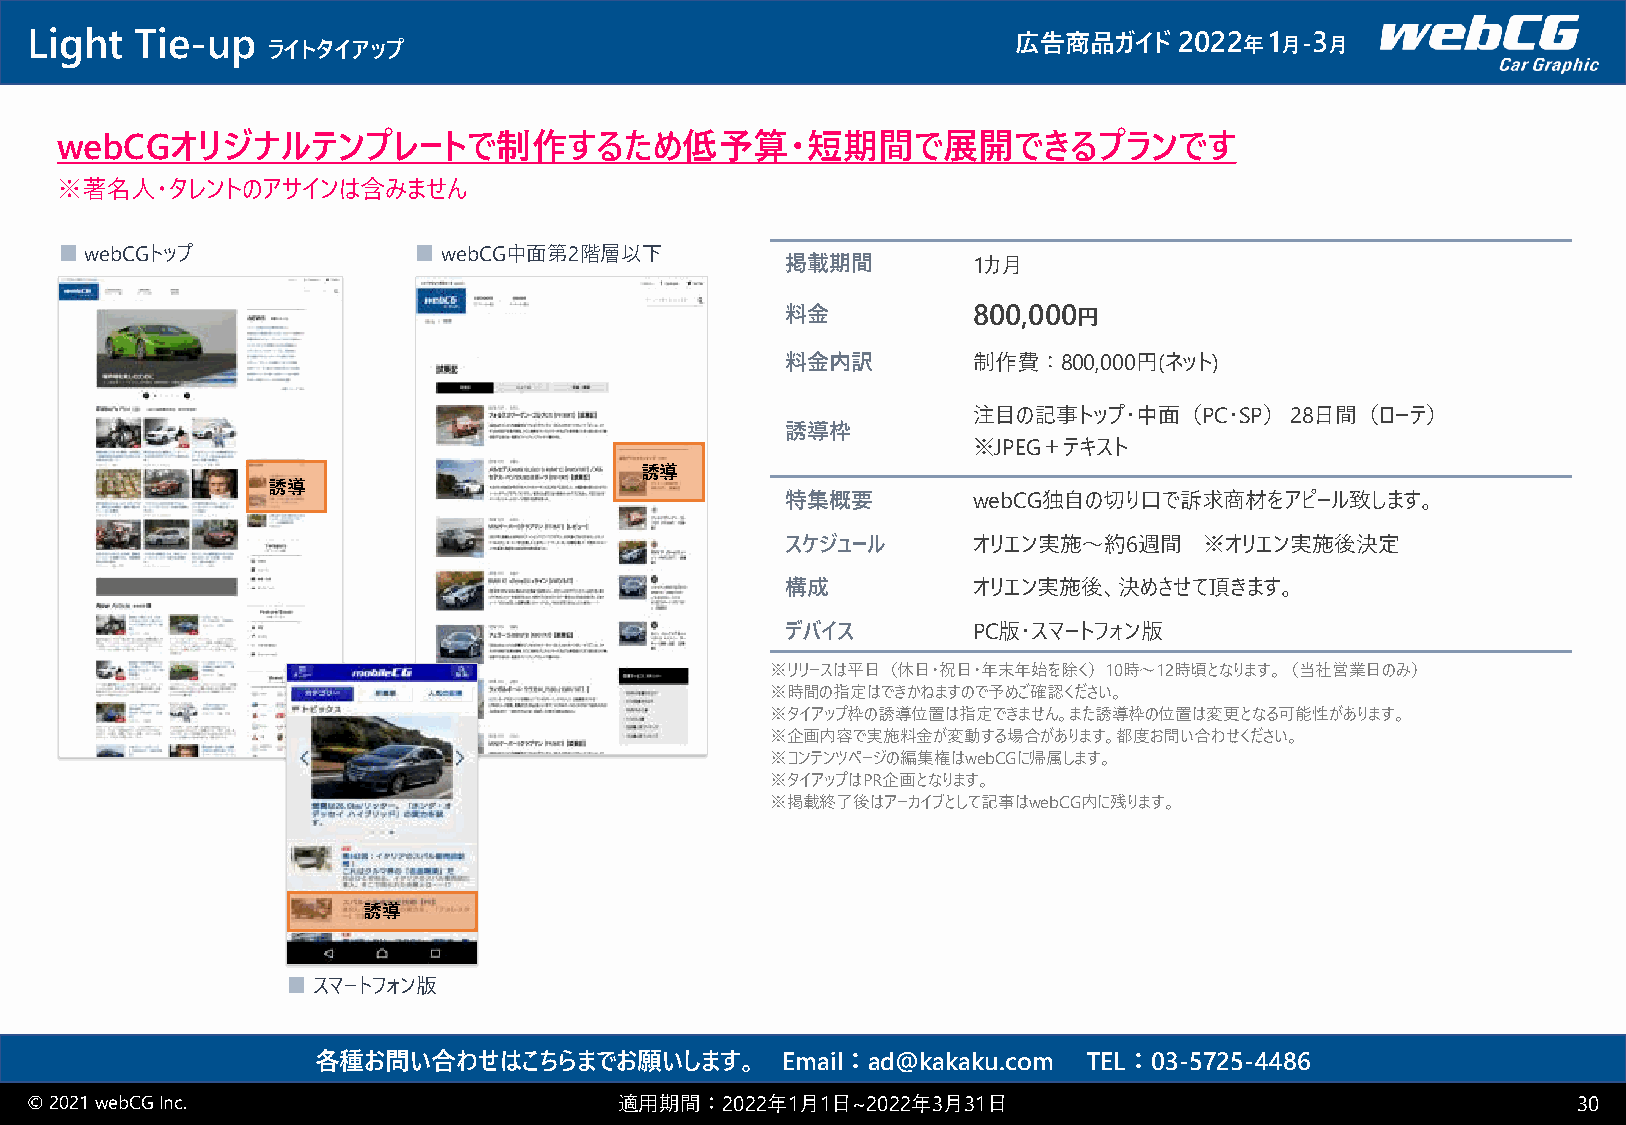
Light  Tie-up   ライトタイアップ                                         広告商品ガイド    2022 年1 月-3 月
 webCGオリジナルテンプレートで制作するため低予算・短期間で展開できるプランです
 ※著名人・タレントのアサインは含みません
 ■webCGトップ              ■webCG中面第2階層以下
 掲載期間        1カ月
 料金          800,000円
 料金内訳        制作費：800,000円(ネット)
 プライム
 ディスプレイ
 注目の記事トップ・中面（PC･SP）28日間（ローテ）
 誘導枠
 ※JPEG＋テキスト
 誘導
 誘導
 特集概要        webCG独自の切り口で訴求商材をアピール致します。
 スケジュール      オリエン実施～約6週間     ※オリエン実施後決定
 構成          オリエン実施後、決めさせて頂きます。
 デバイス        PC版・スマートフォン版
 ※リリースは平日（休日・祝日・年末年始を除く）10時～12時頃となります。（当社営業日のみ）
 ※時間の指定はできかねますので予めご確認ください。
 ※タイアップ枠の誘導位置は指定できません。また誘導枠の位置は変更となる可能性があります。
 ※企画内容で実施料金が変動する場合があります。都度お問い合わせください。
 ※コンテンツページの編集権はwebCGに帰属します。
 ※タイアップはPR企画となります。
 ※掲載終了後はアーカイブとして記事はwebCG内に残ります。
 誘導
 ■スマートフォン版
 各種お問い合わせはこちらまでお願いします。          Email：ad@kakaku.com TEL：03-5725-4486
 © 2021 webCGInc.                       適用期間：2022年1月1日~2022年3月31日                                      30